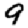
Digit: 9